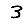
Digit: 3